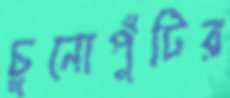
চুনোপুঁটির